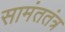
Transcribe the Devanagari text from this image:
सामंततंत्र